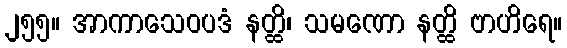
၂၅၅။ အာကာသေဝပဒံ နတ္ထိ၊ သမဏော နတ္ထိ ဗာဟိရေ။